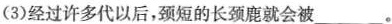
(3)经过许多代以后，颈短的长颈鹿就会被___。